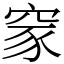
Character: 䆥